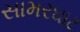
સામરઘાટ